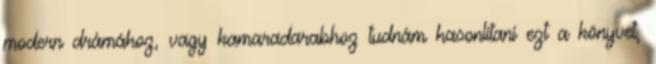
modern drámához, vagy kamaradarabhoz tudnám hasonlítani ezt a könyvet,